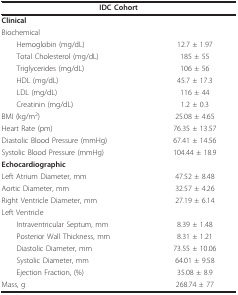
<table><thead><tr><td colspan="2"><b>IDC Cohort</b></td></tr></thead><tbody><tr><td colspan="2"><b>Clinical</b></td></tr><tr><td>Biochemical</td><td></td></tr><tr><td> Hemoglobin (mg/dL)</td><td>12.7 ± 1.97</td></tr><tr><td> Total Cholesterol (mg/dL)</td><td>185 ± 55</td></tr><tr><td> Triglycerides (mg/dL)</td><td>106 ± 56</td></tr><tr><td> HDL (mg/dL)</td><td>45.7 ± 17.3</td></tr><tr><td> LDL (mg/dL)</td><td>116 ± 44</td></tr><tr><td> Creatinin (mg/dL)</td><td>1.2 ± 0.3</td></tr><tr><td>BMI (kg/m<sup>2</sup>)</td><td>25.08 ± 4.65</td></tr><tr><td>Heart Rate (pm)</td><td>76.35 ± 13.57</td></tr><tr><td>Diastolic Blood Pressure (mmHg)</td><td>67.41 ± 14.56</td></tr><tr><td>Systolic Blood Pressure (mmHg)</td><td>104.44 ± 18.9</td></tr><tr><td><b>Echocardiographic</b></td><td></td></tr><tr><td>Left Atrium Diameter, mm</td><td>47.52 ± 8.48</td></tr><tr><td>Aortic Diameter, mm</td><td>32.57 ± 4.26</td></tr><tr><td>Right Ventricle Diameter, mm</td><td>27.19 ± 6.14</td></tr><tr><td>Left Ventricle</td><td></td></tr><tr><td> Intraventricular Septum, mm</td><td>8.39 ± 1.48</td></tr><tr><td> Posterior Wall Thickness, mm</td><td>8.31 ± 1.21</td></tr><tr><td> Diastolic Diameter, mm</td><td>73.55 ± 10.06</td></tr><tr><td> Systolic Diameter, mm</td><td>64.01 ± 9.58</td></tr><tr><td> Ejection Fraction, (%)</td><td>35.08 ± 8.9</td></tr><tr><td>Mass, g</td><td>268.74 ± 77</td></tr></tbody></table>